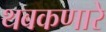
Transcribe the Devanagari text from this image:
थबकणारे